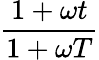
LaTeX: \frac{1+\omega t}{1+\omega T}